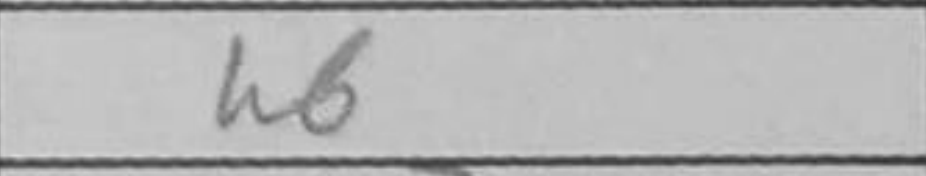
Transcription: h6